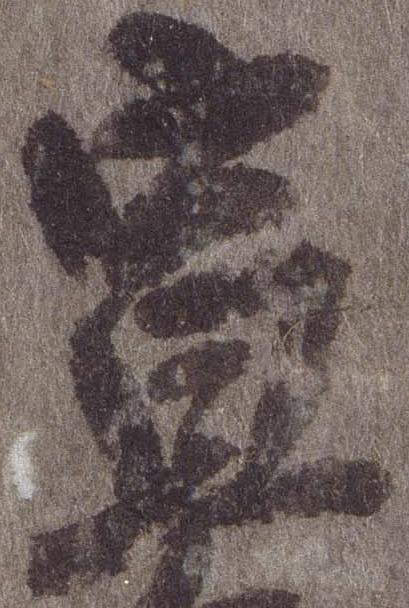
宣